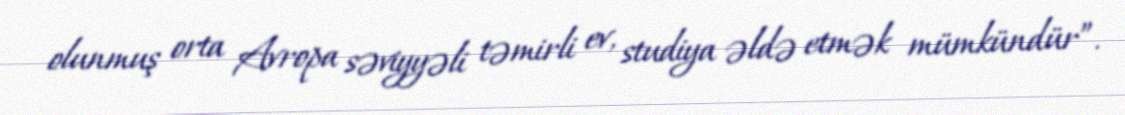
olunmuş orta Avropa səviyyəli təmirli ev, studiya əldə etmək mümkündür”.